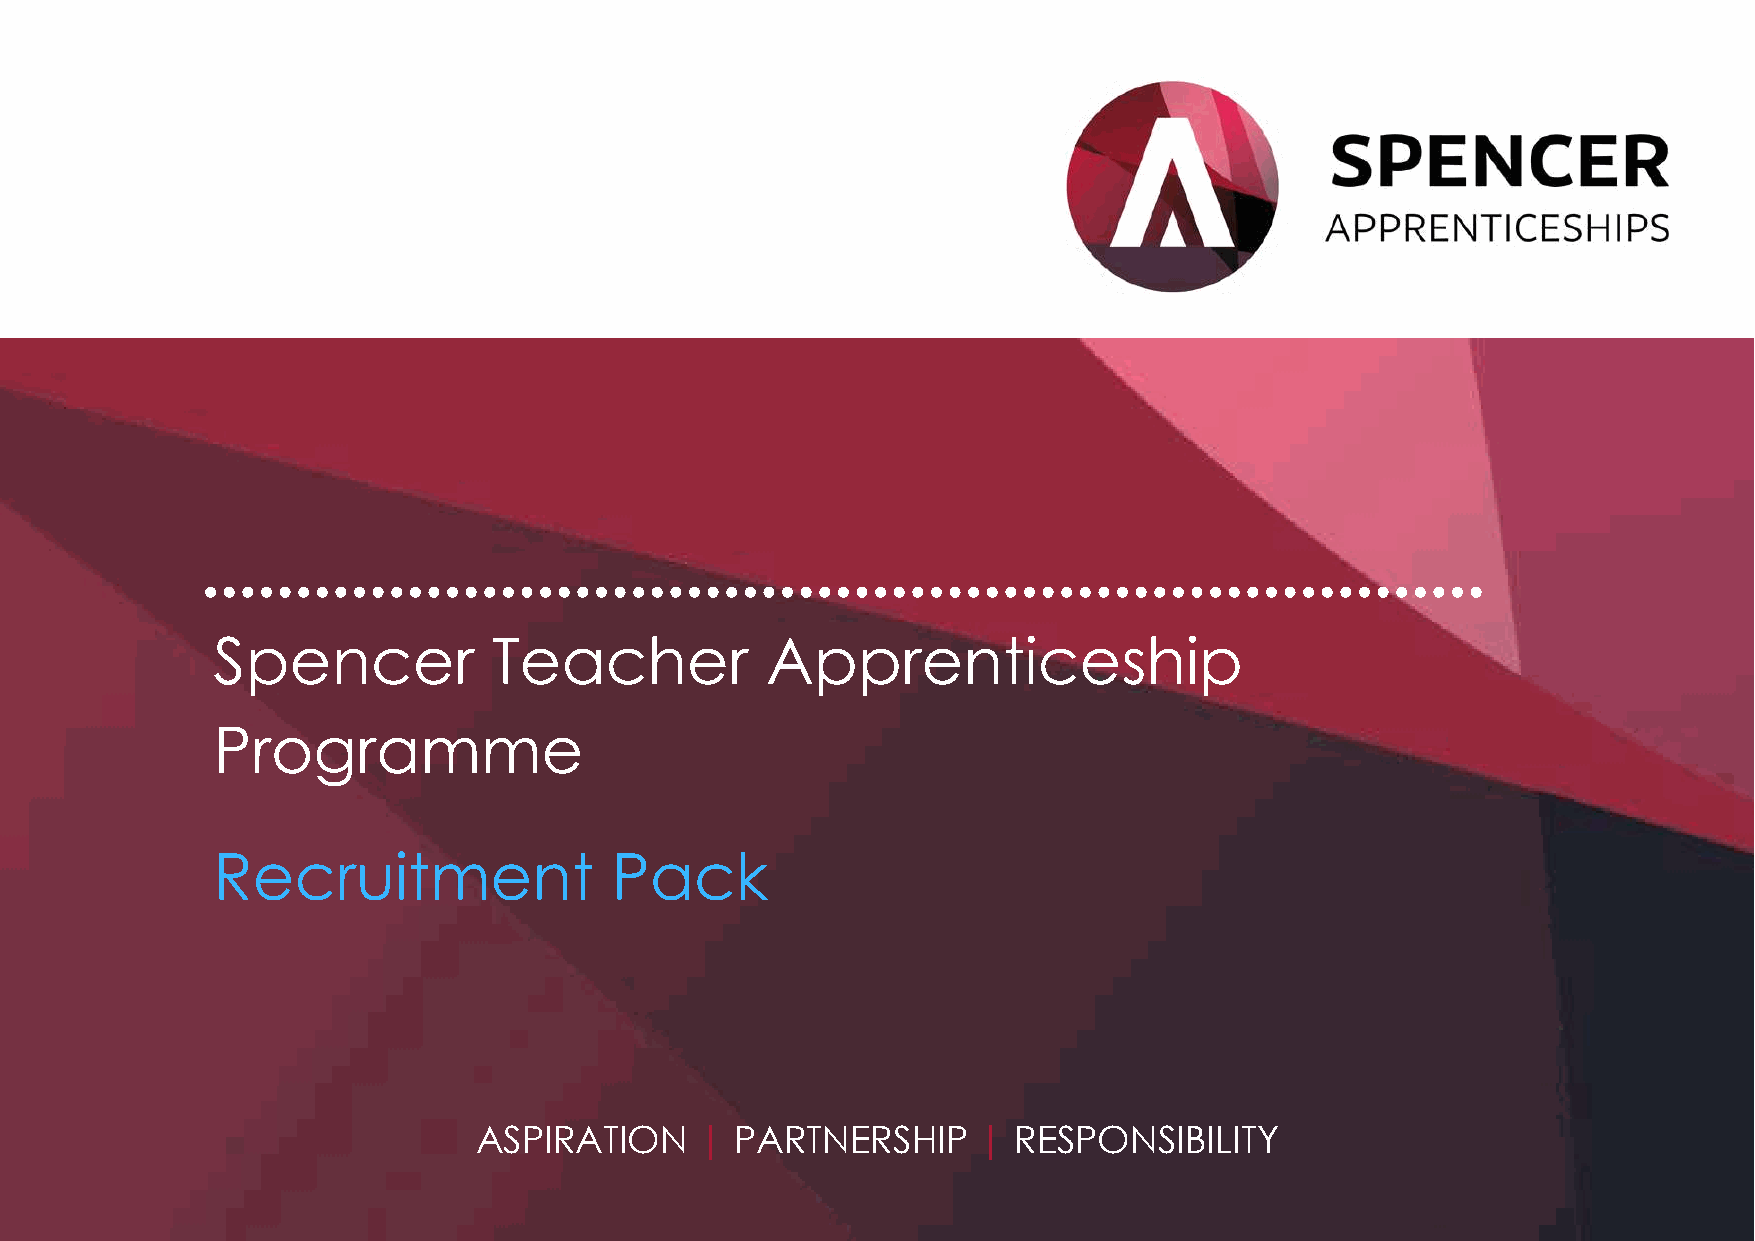
.....................................................................
 Spencer            Teacher           Apprenticeship
 Programme
 Recruitment               Pack
 ASPIRATION     |  PARTNERSHIP     | RESPONSIBILITY